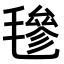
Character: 𣯶